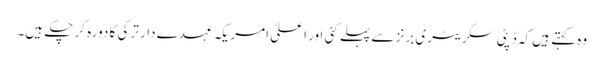
وہ کہتے ہیں کہ ڈپٹی سکریٹری برنز سے پہلے کئی اور اعلیٰ امریکہ عہدے دار ترکی کا دورہ کر چکے ہیں۔